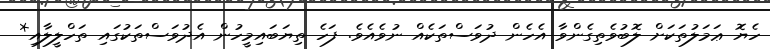
ހެޔޮ ޢަމަލުތަކަށް ލޮބުވެތިގެންވާ އެހެން ދުވަސްތަކެއް ނުވެއެވެ. ފަހެ ތިޔަބައިމީހުން އެދުވަސްތަކުގައި ތަހްލީލާއި*